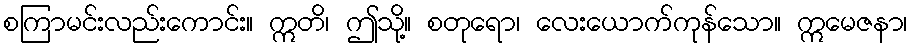
စကြာမင်းလည်းကောင်း။ ဣတိ၊ ဤသို့။ စတုရော၊ လေးယောက်ကုန်သော။ ဣမေဇနာ၊